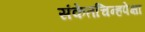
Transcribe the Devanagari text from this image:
संकेतचिन्हपेक्षा